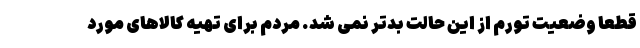
قطعا وضعیت تورم از این حالت بدتر نمی شد. مردم برای تهیه کالاهای مورد